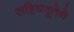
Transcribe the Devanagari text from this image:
सहिष्णूतेने